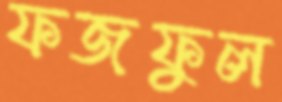
ফজফুল